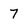
Character: 7